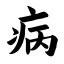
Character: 病